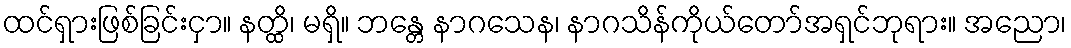
ထင်ရှားဖြစ်ခြင်းငှာ။ နတ္ထိ၊ မရှိ။ ဘန္တေ နာဂသေန၊ နာဂသိန်ကိုယ်တော်အရှင်ဘုရား။ အညော၊